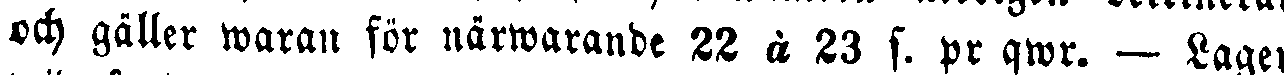
och gäller waran för närwarande 22 à 23 s. pr qwr. — Lager